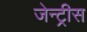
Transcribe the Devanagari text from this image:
जेन्ट्रीस